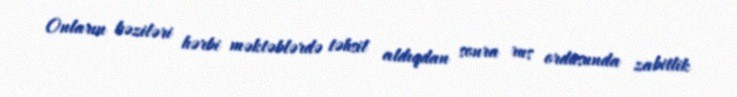
Onların bəziləri hərbi məktəblərdə təhsil aldıqdan sonra rus ordusunda zabitlik